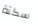
سكتة